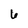
Character: 6